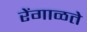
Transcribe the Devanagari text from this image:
रेंगाळते